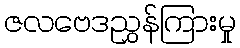
ဇလဗေဒညွှန်ကြားမှု